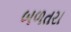
બળતરા